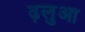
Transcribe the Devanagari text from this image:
ढ़लुआ